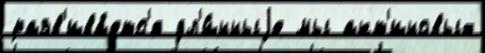
разв'ива́етс'я дл'и́нныjе мы акт'иновых